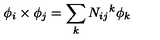
\phi _ { i } \times \phi _ { j } = \sum _ { k } N _ { i j } { } ^ { k } \phi _ { k }